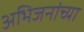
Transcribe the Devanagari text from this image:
अभिजनांच्या